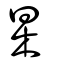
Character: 杲